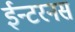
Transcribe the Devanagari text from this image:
ईन्टरनस